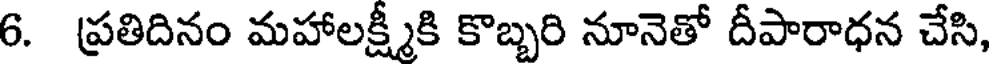
6. ప్రతిదినం మహాలక్ష్మీకి కొబ్బరి నూనెతో దీపారాధన చేసి,